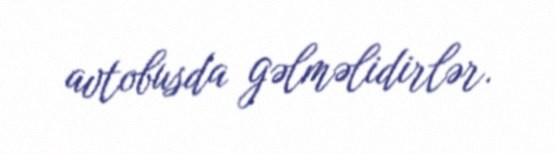
avtobusda gəlməlidirlər.